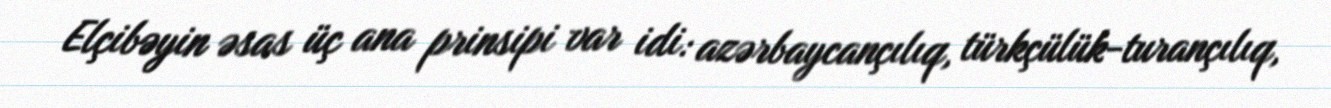
Elçibəyin əsas üç ana prinsipi var idi: azərbaycançılıq, türkçülük-turançılıq,